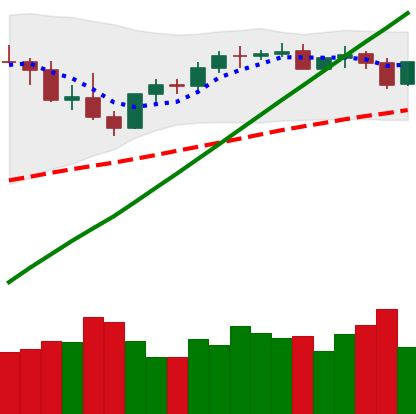
Ticker: BTC-USD
Chart end date: 2021-04-08
Forward return: 8.881%
Label: up_7plus